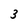
Character: 3